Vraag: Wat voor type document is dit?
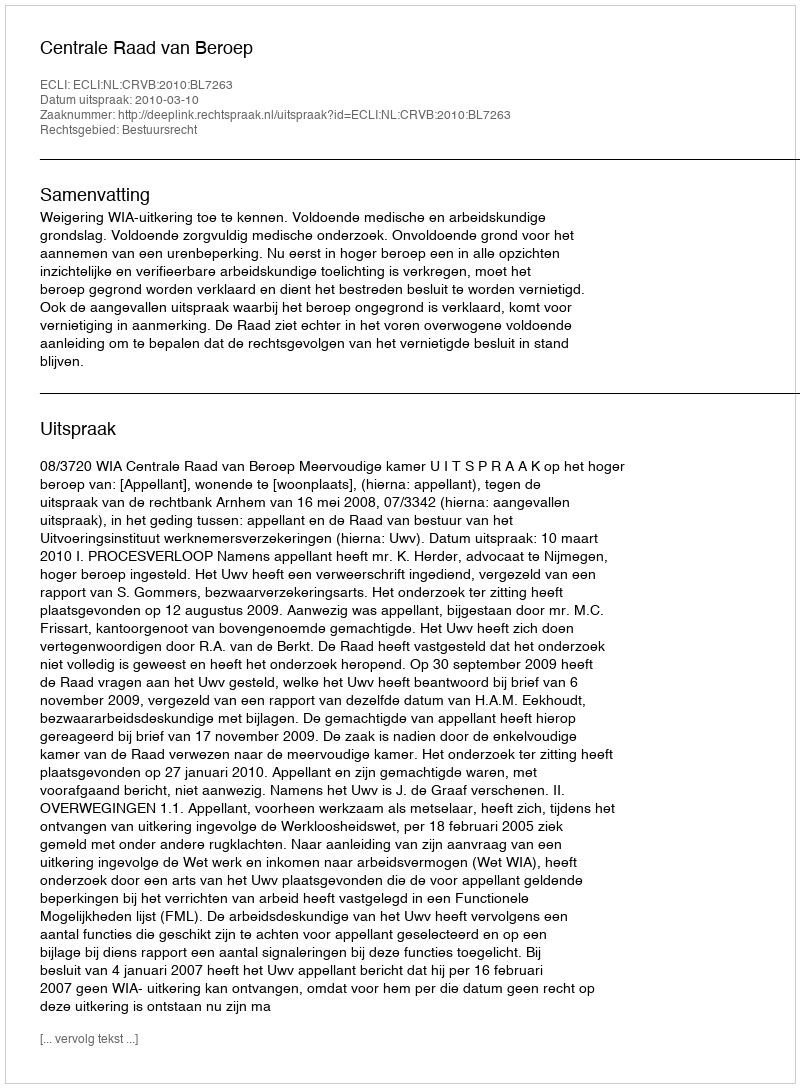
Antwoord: Uitspraak